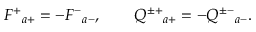
F ^ { + } { } _ { a + } = - F ^ { - } { } _ { a - } , \qquad Q ^ { \pm + } { } _ { a + } = - Q ^ { \pm - } { } _ { a - } .